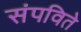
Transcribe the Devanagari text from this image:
संपविते